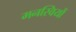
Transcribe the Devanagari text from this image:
मनस्वियों